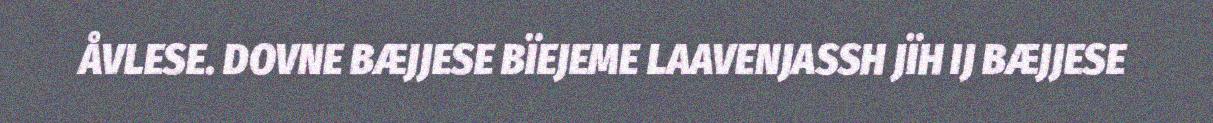
ÅVLESE. DOVNE BÆJJESE BÏEJEME LAAVENJASSH JÏH IJ BÆJJESE